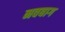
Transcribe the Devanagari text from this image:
नवबाग